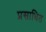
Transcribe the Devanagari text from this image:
प्रसाधित